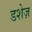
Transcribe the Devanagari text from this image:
डशेज़